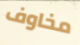
مخاوف